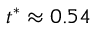
t ^ { * } \approx 0 . 5 4